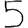
Digit: 5